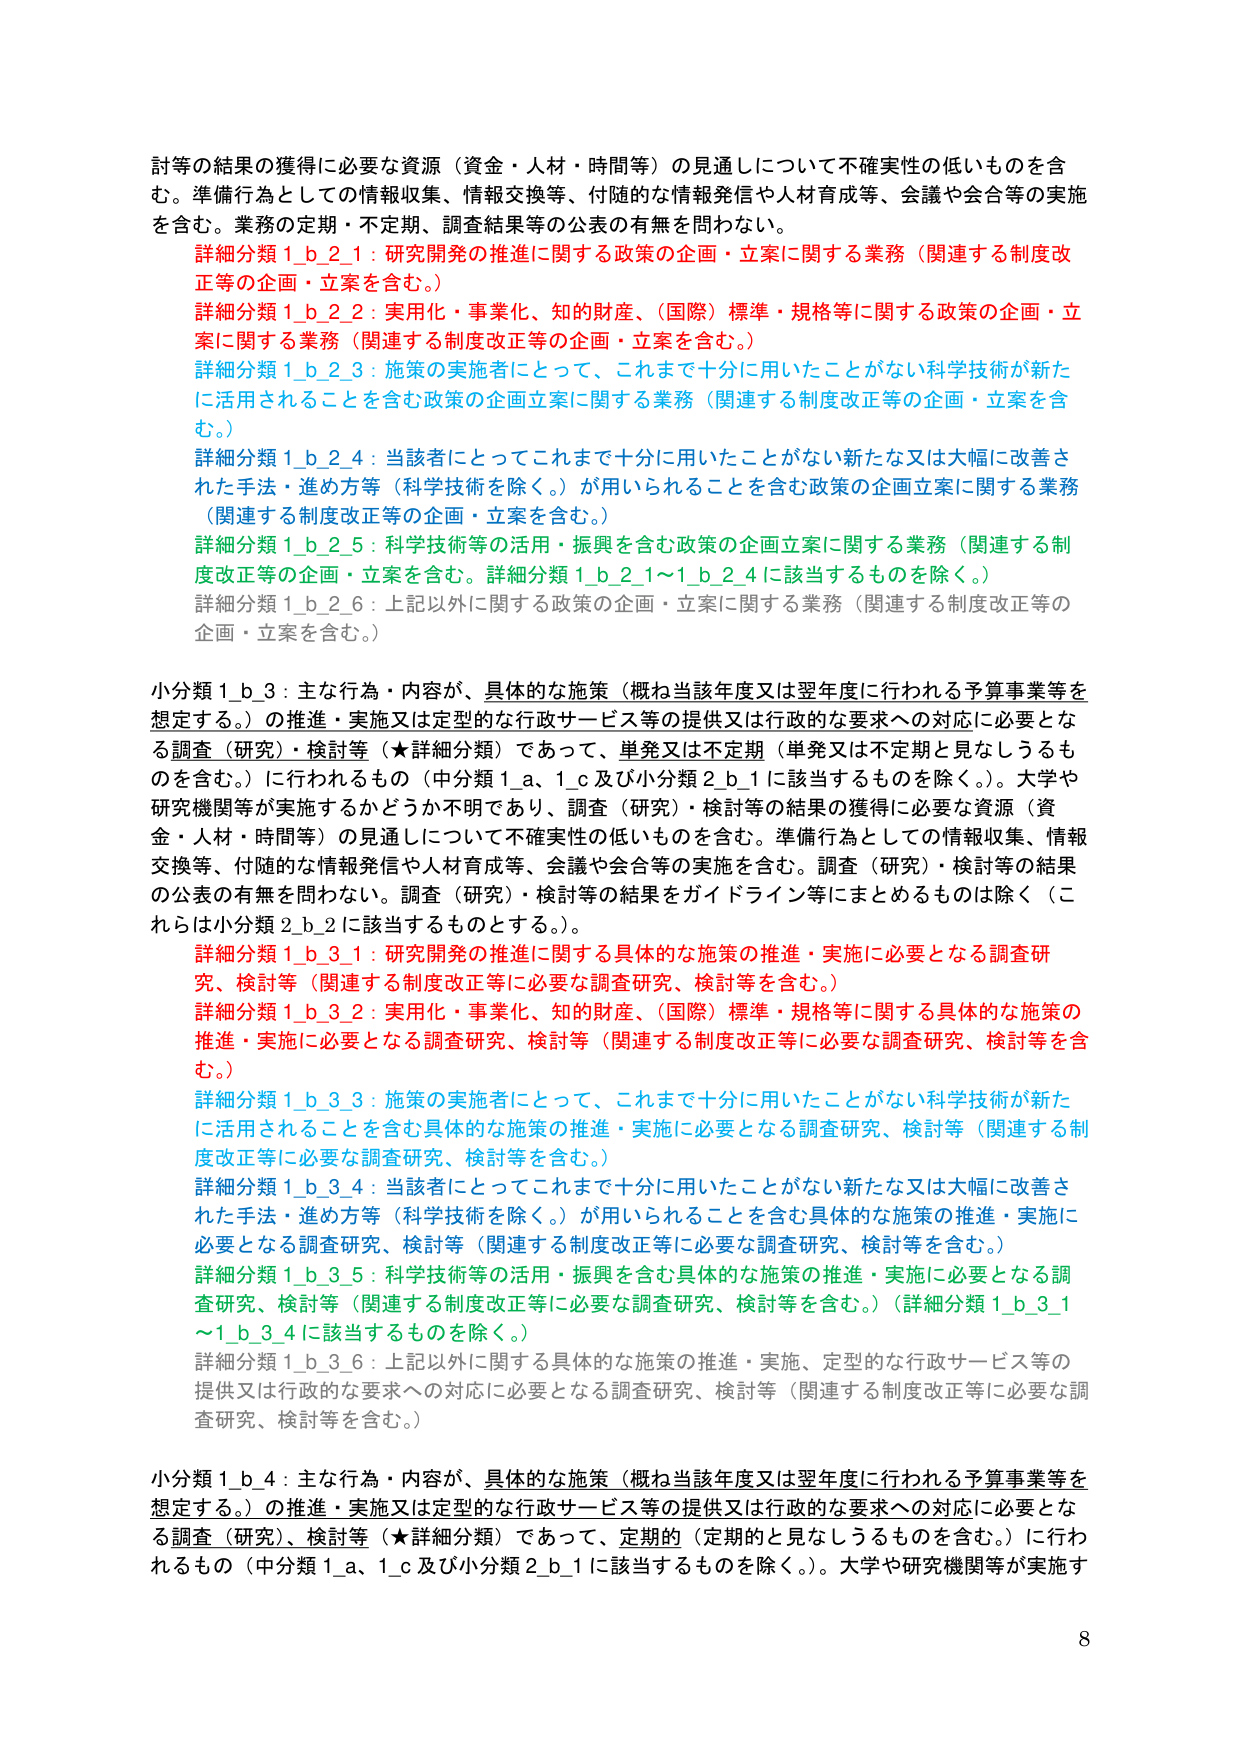
討等の結果の獲得に必要な資源（資金・人材・時間等）の見通しについて不確実性の低いものを含む。準備行為としての情報収集、情報交換等、付随的な情報発信や人材育成等、会議や会合等の実施を含む。業務の定期・不定期、調査結果等の公表の有無を問わない。

詳細分類 1_b_2_1：研究開発の推進に関する政策の企画・立案に関する業務（関連する制度改正等の企画・立案を含む。）

詳細分類 1_b_2_2：実用化・事業化、知的財産、（国際）標準・規格等に関する政策の企画・立案に関する業務（関連する制度改正等の企画・立案を含む。）

詳細分類 1_b_2_3：施策の実施者にとって、これまで十分に用いたことがない科学技術が新たに活用されることを含む政策の企画立案に関する業務（関連する制度改正等の企画・立案を含む。）

詳細分類 1_b_2_4：当該者にとってこれまで十分に用いたことがない新たな又は大幅に改善された手法・進め方等（科学技術を除く。）が用いられることを含む政策の企画立案に関する業務（関連する制度改正等の企画・立案を含む。）

詳細分類 1_b_2_5：科学技術等の活用・振興を含む政策の企画立案に関する業務（関連する制度改正等の企画・立案を含む。詳細分類 1_b_2_1～1_b_2_4 に該当するものを除く。）

詳細分類 1_b_2_6：上記以外に関する政策の企画・立案に関する業務（関連する制度改正等の企画・立案を含む。）

小分類 1_b_3：主な行為・内容が、具体的な施策（概ね当該年度又は翌年度に行われる予算事業等を想定する。）の推進・実施又は定型的な行政サービス等の提供又は行政的な要求への対応に必要となる調査（研究）・検討等（★詳細分類）であって、単発又は不定期（単発又は不定期と見なしうるものを含む。）に行われるもの（中分類 1_a、1_c 及び小分類 2_b_1 に該当するものを除く。）。大学や研究機関等が実施するかどうか不明であり、調査（研究）・検討等の結果の獲得に必要な資源（資金・人材・時間等）の見通しについて不確実性の低いものを含む。準備行為としての情報収集、情報交換等、付随的な情報発信や人材育成等、会議や会合等の実施を含む。調査（研究）・検討等の結果の公表の有無を問わない。調査（研究）・検討等の結果をガイドライン等にまとめるものは除く（これらは小分類 2_b_2 に該当するものとする。）。

詳細分類 1_b_3_1：研究開発の推進に関する具体的な施策の推進・実施に必要となる調査研究、検討等（関連する制度改正等に必要な調査研究、検討等を含む。）

詳細分類 1_b_3_2：実用化・事業化、知的財産、（国際）標準・規格等に関する具体的な施策の推進・実施に必要となる調査研究、検討等（関連する制度改正等に必要な調査研究、検討等を含む。）

詳細分類 1_b_3_3：施策の実施者にとって、これまで十分に用いたことがない科学技術が新たに活用されることを含む具体的な施策の推進・実施に必要となる調査研究、検討等（関連する制度改正等に必要な調査研究、検討等を含む。）

詳細分類 1_b_3_4：当該者にとってこれまで十分に用いたことがない新たな又は大幅に改善された手法・進め方等（科学技術を除く。）が用いられることを含む具体的な施策の推進・実施に必要となる調査研究、検討等（関連する制度改正等に必要な調査研究、検討等を含む。）

詳細分類 1_b_3_5：科学技術等の活用・振興を含む具体的な施策の推進・実施に必要となる調査研究、検討等（関連する制度改正等に必要な調査研究、検討等を含む。）（詳細分類 1_b_3_1～1_b_3_4 に該当するものを除く。）

詳細分類 1_b_3_6：上記以外に関する具体的な施策の推進・実施、定型的な行政サービス等の提供又は行政的な要求への対応に必要となる調査研究、検討等（関連する制度改正等に必要な調査研究、検討等を含む。）

小分類 1_b_4：主な行為・内容が、具体的な施策（概ね当該年度又は翌年度に行われる予算事業等を想定する。）の推進・実施又は定型的な行政サービス等の提供又は行政的な要求への対応に必要となる調査（研究）、検討等（★詳細分類）であって、定期的（定期的と見なしうるものを含む。）に行われるもの（中分類 1_a、1_c 及び小分類 2_b_1 に該当するものを除く。）。大学や研究機関等が実施す

8